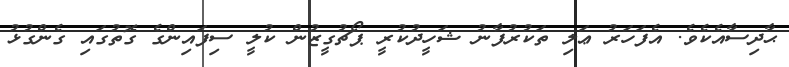
ޙާދިސާއެކެވެ. އެފަހަރު ޢަލި ތަކުރުފާނު ޝަހީދުކުރީ ޕޯޗުގީޒުން ކުލީ ސިފައިންގެ ގޮތުގައި ގެންގުޅު